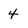
Character: 4